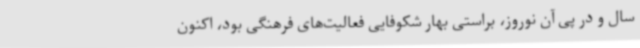
سال و در پی آن نوروز، براستی بهار شکوفایی فعالیت‌های فرهنگی بود، اکنون